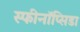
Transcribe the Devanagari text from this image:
स्फीनॉप्सिडा